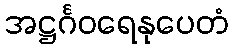
အဋ္ဌင်္ဂဝရေနုပေတံ